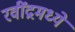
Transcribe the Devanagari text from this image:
रवींद्रमध्ये